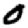
Digit: 0